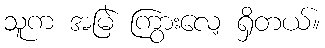
သူက အမြဲ ကြွားလေ့ ရှိတယ်။